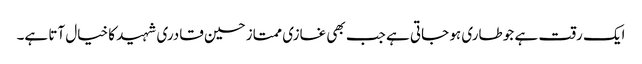
ایک رقت ہے جو طاری ہو جاتی ہے جب بھی غازی ممتاز حسین قادری شہید کا خیال آتا ہے۔